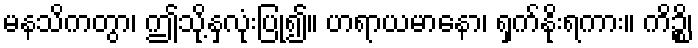
မနသိကတွာ၊ ဤသို့နှလုံးပြု၍။ ဟရာယမာနော၊ ရှက်နိုးရကား။ ကိဉ္စိ၊